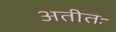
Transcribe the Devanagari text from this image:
अतीतः